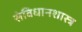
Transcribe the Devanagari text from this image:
संविधानशास्त्र